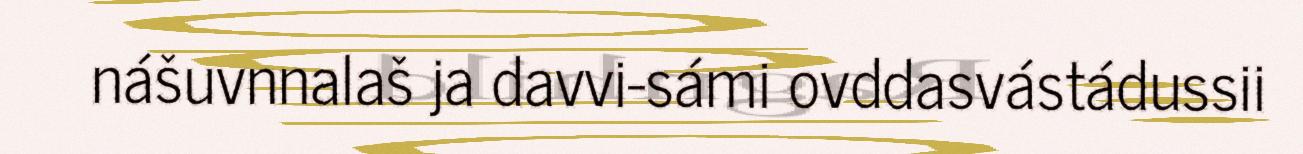
nášuvnnalaš ja davvi-sámi ovddasvástádussii